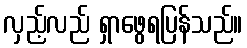
လှည့်လည် ရှာဖွေရပြန်သည်။